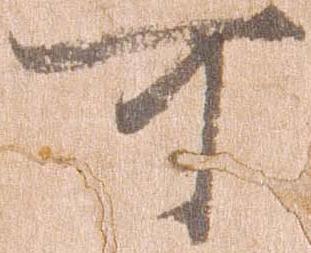
可